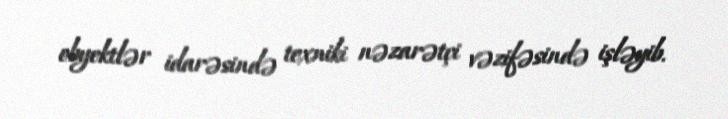
obyektlər idarəsində texniki nəzarətçi vəzifəsində işləyib.